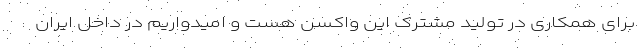
برای همکاری در تولید مشترک این واکسن هست و امیدواریم در داخل ایران